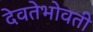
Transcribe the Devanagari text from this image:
देवतेभोवती